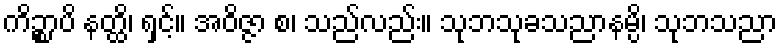
ကိဉ္စာပိ နတ္ထိ၊ ရှင့်။ အဝိဇ္ဇာ စ၊ သည်လည်း။ သုဘသုခသညာနမ္ပိ၊ သုဘသညာ